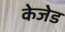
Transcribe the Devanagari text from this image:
केजेड